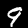
Digit: 9